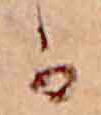
か